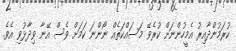
ކުރަމުންދާއިރު އެމީހުންނަށް ކުރެވޭ މަސައްކަތެއް ނޯންނަ ކަމަށް ވެސް އޭނާ ވިދާޅުވި އެވެ.